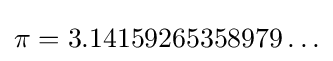
\pi =3.14159265358979\ldots